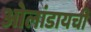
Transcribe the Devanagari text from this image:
ओलांडायची